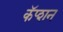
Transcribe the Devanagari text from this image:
कॅप्शन